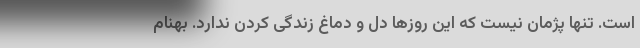
است. تنها پژمان نیست که این روز‌ها دل و دماغ زندگی کردن ندارد. بهنام